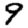
Digit: 9